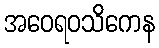
အဝေရဝသိကေန